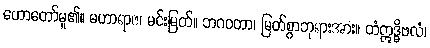
ဟောတော်မူ၏။ မဟာရာဇ၊ မင်းမြတ်။ ဘဂဝတာ၊ မြတ်စွာဘုရားအား။ တံဣဒ္ဓိဗလံ၊